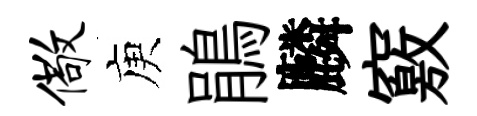
儆庾鵑麟竅